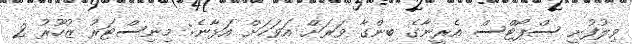
ވިލުފުށީ ސްޕޯޓްސް އެރީނާގެ ބިންގާ ވަރަށް އަވަހަށް އަޅާނެ: މިނިސްޓަރު ޒުހޫރު 2